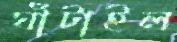
ঘাঁটাইল